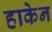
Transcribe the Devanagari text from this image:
हाकेन